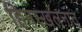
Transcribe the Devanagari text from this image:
हिमस्खलनात